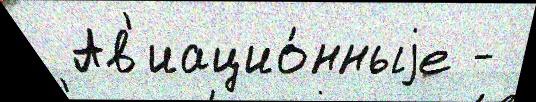
 Ав'иацио́нныjе -